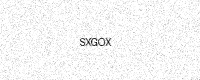
Text: SXGOX